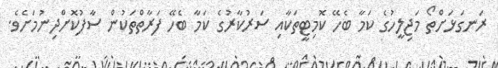
ރަނގަޅަށްތޯ މަޖިލީހުގެ ކަމާ ބެހޭ ކޮމިޓީތަކާއި ސަރުކާރުގެ ކަމާ ބެހޭ ފަރާތްތަކުން ސާފުކޮށްދިނުމަށެވެ.